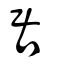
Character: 居